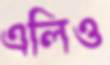
এলিও